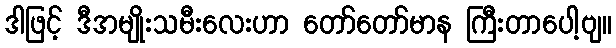
ဒါဖြင့် ဒီအမျိုးသမီးလေးဟာ တော်တော်မာန ကြီးတာပေါ့ဗျ။